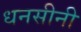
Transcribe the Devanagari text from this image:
धनसीनी